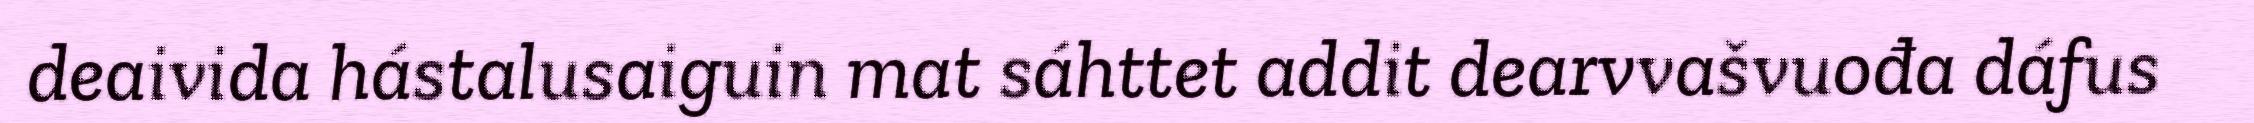
deaivida hástalusaiguin mat sáhttet addit dearvvašvuođa dáfus